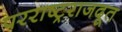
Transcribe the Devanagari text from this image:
परराष्ट्रराजदूत